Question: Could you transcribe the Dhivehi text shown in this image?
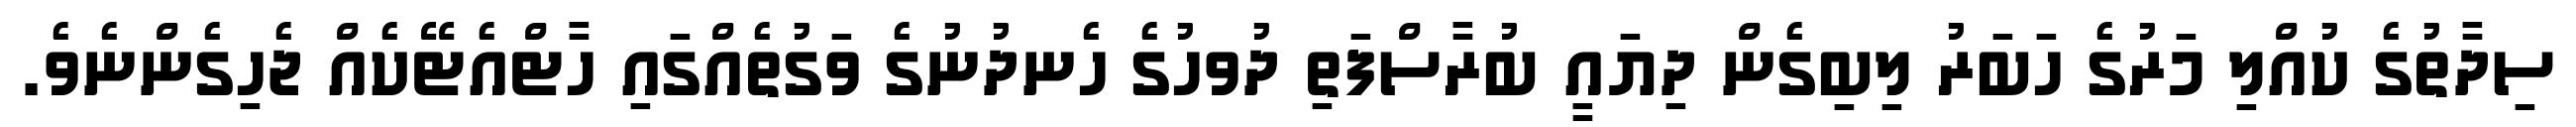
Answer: ސިދާތުގެ ކުއްލި މަރުގެ ހަބަރު ލިބިގެން ދިޔައީ ބުރާސްފަތި ދުވހުގެ ހެނދުނުގެ ވަގުތެއްގައި ހާޓްއެޓޭކެއް ޖެހިގެންނެވެ.